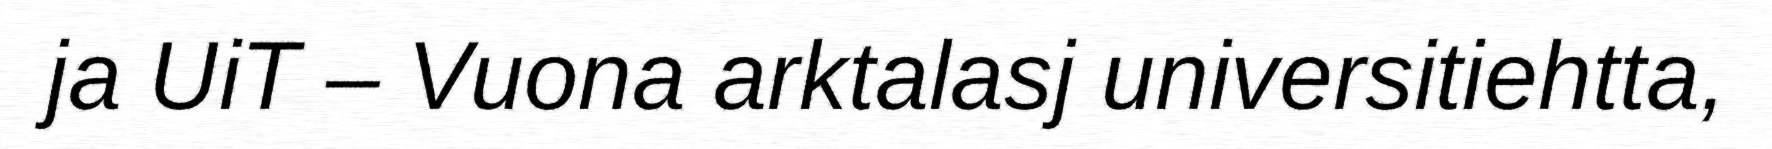
ja UiT – Vuona arktalasj universitiehtta,